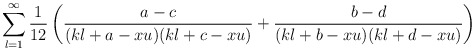
\begin{align*}\sum_{l=1}^{\infty}\frac{1}{12}\left(\frac{a-c}{(kl+a-xu)(kl+c-xu)}+\frac{b-d}{(kl+b-xu)(kl+d-xu)}\right)\end{align*}